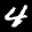
Label: 4